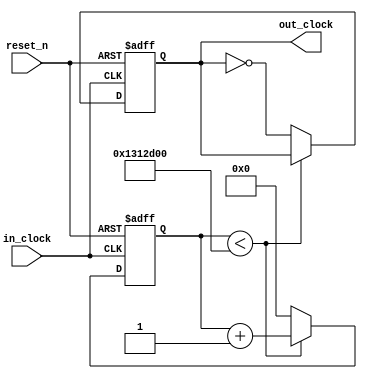
module clock_divider_rom (in_clock, reset_n, out_clock);
input       in_clock;
input       reset_n;
output reg  out_clock;

reg [32:0]  count;

always @ (posedge in_clock, negedge reset_n) begin
    if (reset_n == 0) begin
        count <= 0;
        out_clock = 0;
    end else if (count < 20000000)
        count <= count + 1;
    else begin
        count = 0;
        out_clock = !out_clock;
    end
end
endmodule